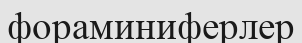
фораминиферлер